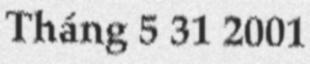
Tháng 5 31 2001